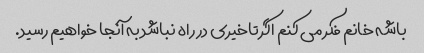
باشه خانم فکر می کنم اگر تاخیری در راه نباشد به آنجا خواهیم رسید.